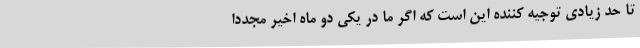
تا حد زیادی توجیه کننده این است که اگر ما در یکی دو ماه اخیر مجدداً